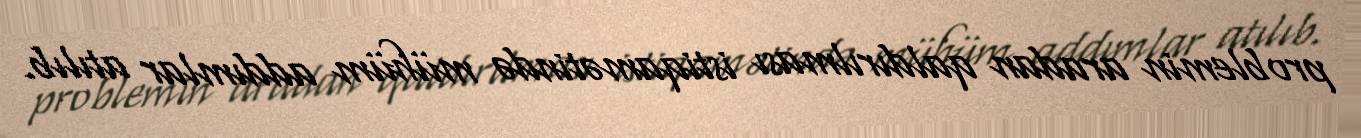
problemin aradan qaldırılması istiqamətində mühüm addımlar atılıb.